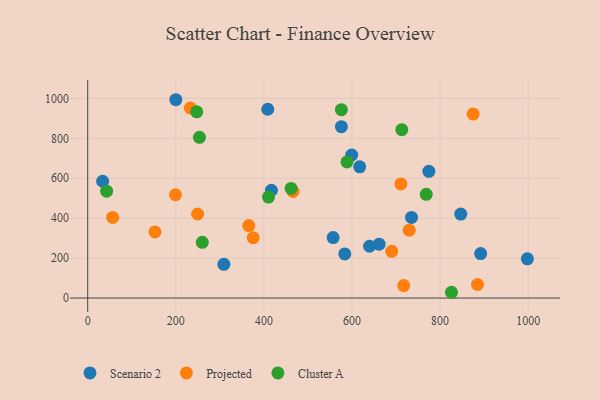
{"axis": {"x": "Engine Size", "y": "Demand"}, "legend": ["Cluster A", "Projected", "Scenario 2"], "data": [{"x": "774.5", "y": 634.7, "type": "Scenario 2"}, {"x": "417.1", "y": 539.8, "type": "Scenario 2"}, {"x": "998.2", "y": 196.4, "type": "Scenario 2"}, {"x": "557.2", "y": 302.9, "type": "Scenario 2"}, {"x": "892.1", "y": 222.9, "type": "Scenario 2"}, {"x": "599.4", "y": 716.4, "type": "Scenario 2"}, {"x": "200.1", "y": 993.3, "type": "Scenario 2"}, {"x": "847.0", "y": 420.5, "type": "Scenario 2"}, {"x": "661.7", "y": 269.7, "type": "Scenario 2"}, {"x": "617.5", "y": 657.1, "type": "Scenario 2"}, {"x": "408.8", "y": 945.6, "type": "Scenario 2"}, {"x": "735.2", "y": 404.0, "type": "Scenario 2"}, {"x": "639.9", "y": 259.5, "type": "Scenario 2"}, {"x": "309.1", "y": 169.1, "type": "Scenario 2"}, {"x": "583.6", "y": 220.8, "type": "Scenario 2"}, {"x": "576.0", "y": 858.2, "type": "Scenario 2"}, {"x": "33.9", "y": 585.0, "type": "Scenario 2"}, {"x": "365.7", "y": 362.9, "type": "Projected"}, {"x": "233.1", "y": 951.9, "type": "Projected"}, {"x": "884.9", "y": 67.9, "type": "Projected"}, {"x": "875.0", "y": 921.4, "type": "Projected"}, {"x": "729.9", "y": 339.8, "type": "Projected"}, {"x": "56.7", "y": 403.9, "type": "Projected"}, {"x": "717.4", "y": 62.6, "type": "Projected"}, {"x": "375.7", "y": 301.9, "type": "Projected"}, {"x": "249.6", "y": 421.0, "type": "Projected"}, {"x": "466.1", "y": 534.1, "type": "Projected"}, {"x": "690.2", "y": 233.9, "type": "Projected"}, {"x": "199.3", "y": 517.4, "type": "Projected"}, {"x": "152.8", "y": 331.1, "type": "Projected"}, {"x": "711.0", "y": 571.6, "type": "Projected"}, {"x": "260.2", "y": 279.0, "type": "Cluster A"}, {"x": "410.5", "y": 505.8, "type": "Cluster A"}, {"x": "247.5", "y": 932.7, "type": "Cluster A"}, {"x": "713.1", "y": 843.1, "type": "Cluster A"}, {"x": "43.0", "y": 535.4, "type": "Cluster A"}, {"x": "768.6", "y": 519.5, "type": "Cluster A"}, {"x": "588.6", "y": 682.0, "type": "Cluster A"}, {"x": "461.8", "y": 548.9, "type": "Cluster A"}, {"x": "825.9", "y": 28.9, "type": "Cluster A"}, {"x": "253.7", "y": 805.2, "type": "Cluster A"}, {"x": "575.9", "y": 943.7, "type": "Cluster A"}]}